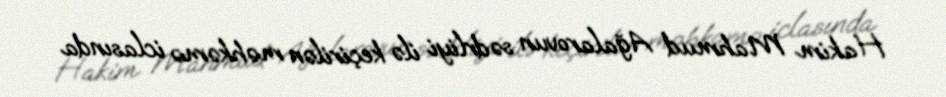
Hakim Mahmud Ağalarovun sədrliyi ilə keçirilən məhkəmə iclasında